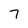
Character: 7